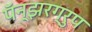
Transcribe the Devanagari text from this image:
पॅन्झरग्रुप